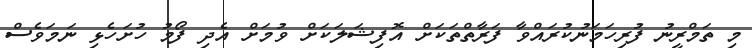
މި ތަމްރީނު ފުރިހަމަނުކުރައްވާ ފަރާތްތަކަށް އޮފިޝަލަކަށް ވުމަށް އެދި ފޯމު ހުށަހެޅި ނަމަވެސް